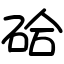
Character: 硆